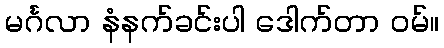
မင်္ဂလာ နံနက်ခင်းပါ ဒေါက်တာ ဝမ်။